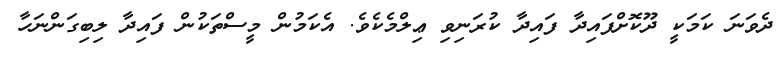
ދެވަނަ ކަމަކީ ދޫކޮށްފައިދާ ފައިދާ ކުރަނިވި ޢިލްމެކެވެ. އެކަމުން މީސްތަކުން ފައިދާ ލިބިގަންނަހާ